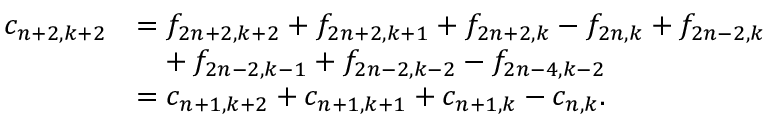
\begin{array} { r l } { c _ { n + 2 , k + 2 } } & { = f _ { 2 n + 2 , k + 2 } + f _ { 2 n + 2 , k + 1 } + f _ { 2 n + 2 , k } - f _ { 2 n , k } + f _ { 2 n - 2 , k } } \\ & { \phantom { = } + f _ { 2 n - 2 , k - 1 } + f _ { 2 n - 2 , k - 2 } - f _ { 2 n - 4 , k - 2 } } \\ & { = c _ { n + 1 , k + 2 } + c _ { n + 1 , k + 1 } + c _ { n + 1 , k } - c _ { n , k } . } \end{array}